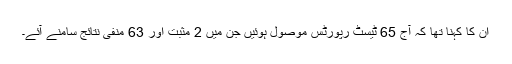
ان کا کہنا تھا کہ آج 65 ٹیسٹ رپورٹس موصول ہوئیں جن میں 2 مثبت اور 63 منفی نتائج سامنے آئے۔